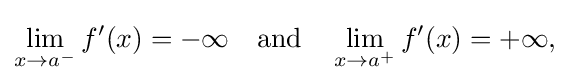
\lim _{x\to a^{-}}f'(x)={-\infty }\quad {\text{and}}\quad \lim _{x\to a^{+}}f'(x)={+\infty }{\text{,}}